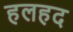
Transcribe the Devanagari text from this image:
हलहद